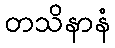
တသိနာနံ